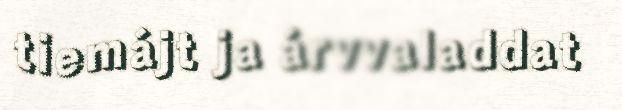
tiemájt ja árvvaladdat